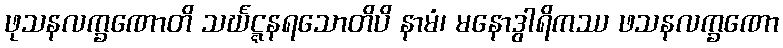
ဖုသနလက္ခဏောတိ သင်္ဃဋ္ဋနရသောတိပိ နာမံ၊ မနောဒွါရိကဿ ဖသနလက္ခဏော